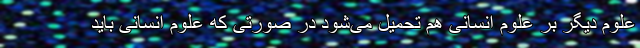
علوم دیگر بر علوم انسانی هم تحمیل می‌شود در صورتی که علوم انسانی باید